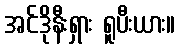
အင်ဒိုနီးရှား ရူပီးယား။